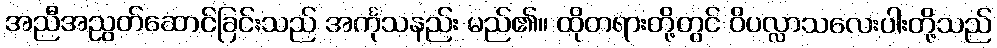
အညီအညွတ်ဆောင်ခြင်းသည် အင်္ကုသနည်း မည်၏။ ထိုတရားတို့တွင် ဝိပလ္လာသလေးပါးတို့သည်